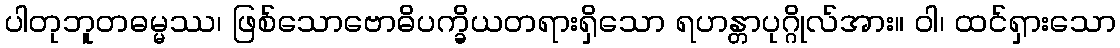
ပါတုဘူတဓမ္မဿ၊ ဖြစ်သောဗောဓိပက္ခိယတရားရှိသော ရဟန္တာပုဂ္ဂိုလ်အား။ ဝါ၊ ထင်ရှားသော